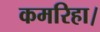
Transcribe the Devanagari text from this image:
कमरिहा।